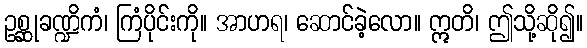
ဥစ္ဆုခဏ္ဍိကံ၊ ကြံပိုင်းကို။ အာဟရ၊ ဆောင်ခဲ့လော။ ဣတိ၊ ဤသို့ဆို၍။